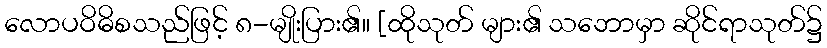
လောပဝိဓိစသည်ဖြင့် ၈-မျိုးပြား၏။ [ထိုသုတ် များ၏ သဘောမှာ ဆိုင်ရာသုတ်၌